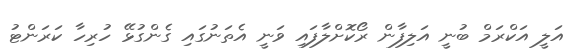
އަލީ އަކްރަމް ބުނީ އަލިފާން ރޯކޮށްލާފައި ވަނީ އެތަނުގައި ގެންގުޅޭ ހުރިހާ ކަރަންޓު